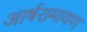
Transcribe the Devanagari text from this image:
आर्षरामायण